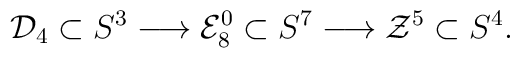
{\cal D}_{4}\subset S^{3} \longrightarrow {\cal E}_{8}^{0} \subset S^{7}\longrightarrow {\cal Z}^{5} \subset S^{4}.